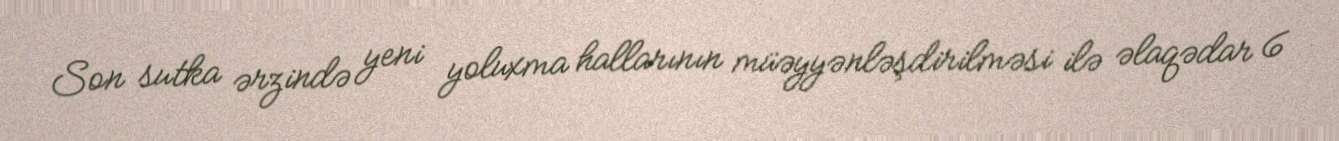
Son sutka ərzində yeni yoluxma hallarının müəyyənləşdirilməsi ilə əlaqədar 6